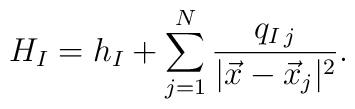
H_{I}=h_{I}+\sum_{j=1}^{N}\frac{q_{I\,j}}{|\vec x-\vec x_j|^2}.